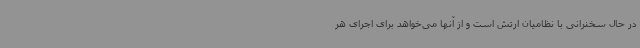
در حال سخنرانی با نظامیان ارتش است و از آنها می‌خواهد برای اجرای هر